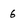
Character: 6